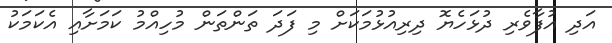
އަދި އުފާވެރި ދުޅަހެޔޮ ދިރިއުޅުމަކަށް މި ފަދަ ތަންތަން މުހިއްމު ކަމަށާއި އެކަމަކު